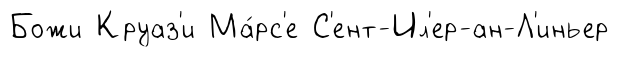
Божи Круаз'и Ма́рс'е С'ент-Ил'ер-ан-Л'иньер